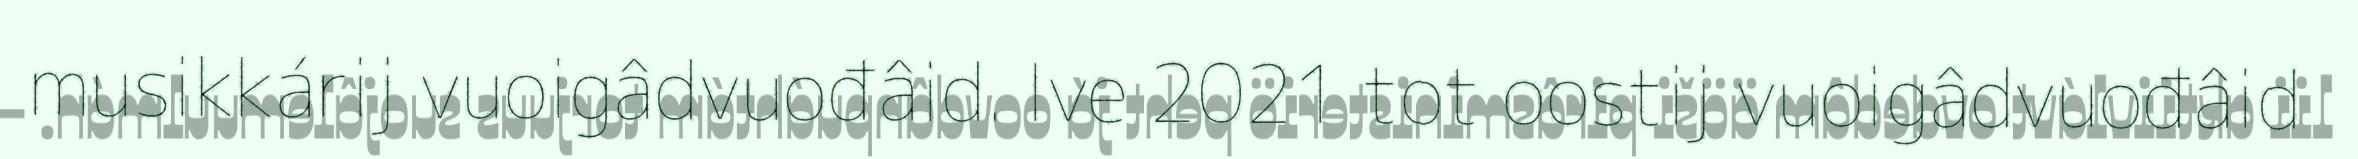
musikkárij vuoigâdvuođâid. Ive 2021 tot oostij vuoigâdvuođâid